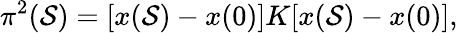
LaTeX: \pi^{2}(\mathcal{S})=[x(\mathcal{S})-x(0)]K[x(\mathcal{S})-x(0)],